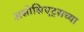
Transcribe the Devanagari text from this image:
असोसिएट्सच्या